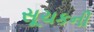
સૂચકની